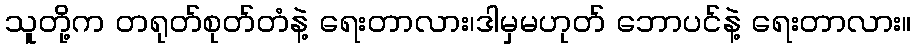
သူတို့က တရုတ်စုတ်တံနဲ့ ရေးတာလား၊ဒါမှမဟုတ် ဘောပင်နဲ့ ရေးတာလား။